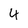
Character: 4